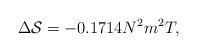
LaTeX: \begin{align*}\Delta {\cal S} = - 0.1714 N^2 m^2T,\end{align*}